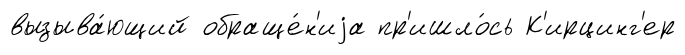
вызыва́ющий обраще́н'иjа пр'ишло́сь К'ирцинг'ер